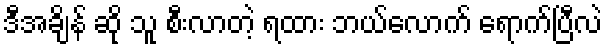
ဒီအချိန် ဆို သူ စီးလာတဲ့ ရထား ဘယ်လောက် ရောက်ပြီလဲ